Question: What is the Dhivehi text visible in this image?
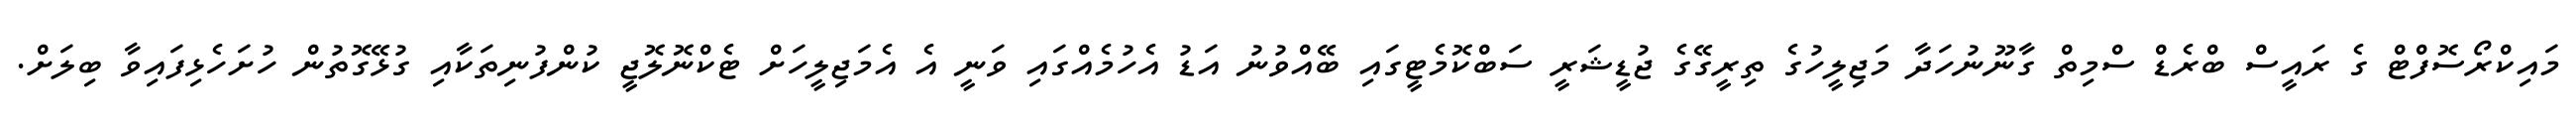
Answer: މައިކްރޯސޮފްޓް ގެ ރައީސް ބްރެޑް ސްމިތް ގާނޫނުހަދާ މަޖިލީހުގެ ތިރީގޭގެ ޖުޑީޝަރީ ސަބްކޮމެޓީގައި ބޭއްވުނު އަޑު އެހުމެއްގައި ވަނީ އެ އެމަޖިލީހަށް ޓެކްނޮލޮޖީ ކުންފުނިތަކާއި ގުޅޭގޮތުން ހުށަހެޅިފައިވާ ބިލަށް.